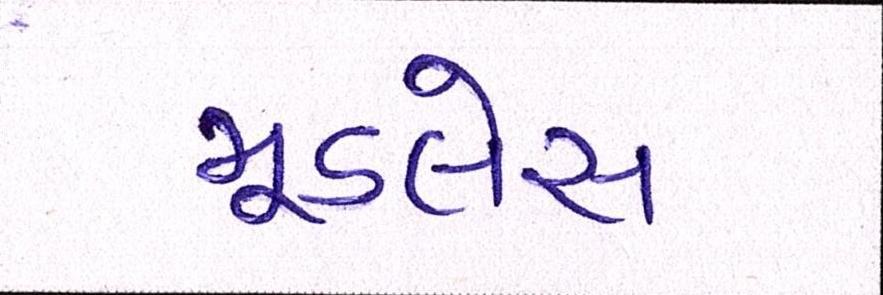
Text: મૂડલેસ